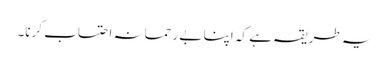
یہ طریقہ ہے کہ اپنا بے رحمانہ احتساب کرنا۔